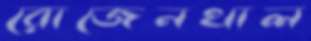
রোজেনথাল